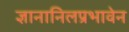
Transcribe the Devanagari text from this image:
ज्ञानानिलप्रभावेन